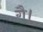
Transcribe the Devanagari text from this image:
गै।